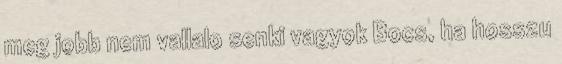
meg jobb nem vallalo senki vagyok Bocs, ha hosszu